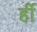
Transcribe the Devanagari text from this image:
र्ही